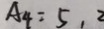
A _ { 4 } = 5 , 2